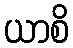
ယာစိ